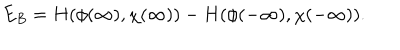
LaTeX: E _ { B } = H ( \phi ( \infty ) , \chi ( \infty ) ) - H ( \phi ( - \infty ) , \chi ( - \infty ) ) .